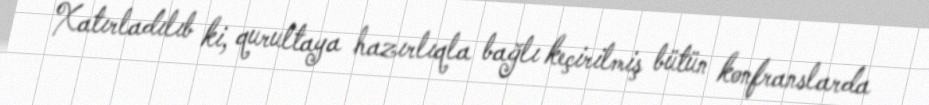
Xatırladılıb ki, qurultaya hazırlıqla bağlı keçirilmiş bütün konfranslarda